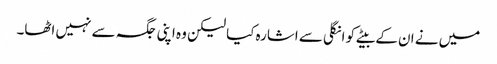
میں نے ان کے بیٹے کو انگلی سے اشارہ کیا لیکن وہ اپنی جگہ سے نہیں اٹھا۔